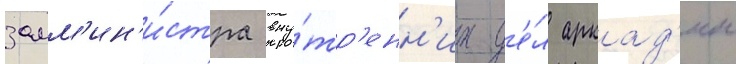
замм'ин'и́стра вну́тр'енн'их д'е́л аркад'ии